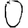
Digit: 0